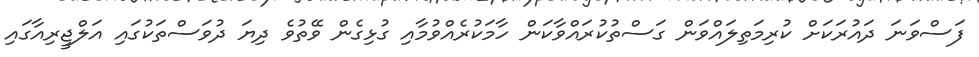
ފަސްވަނަ ދައުރަކަށް ކުރިމަތިލައްވަން ގަސްތުކުރައްވާކަން ހާމަކުރެއްވުމާއި ގުޅިގެން ވޭތުވެ ދިޔަ ދުވަސްތަކުގައި އަލްޖީރިއާގައި